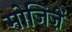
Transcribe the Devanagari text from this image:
मोजिज़ें